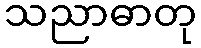
သညာဓာတု